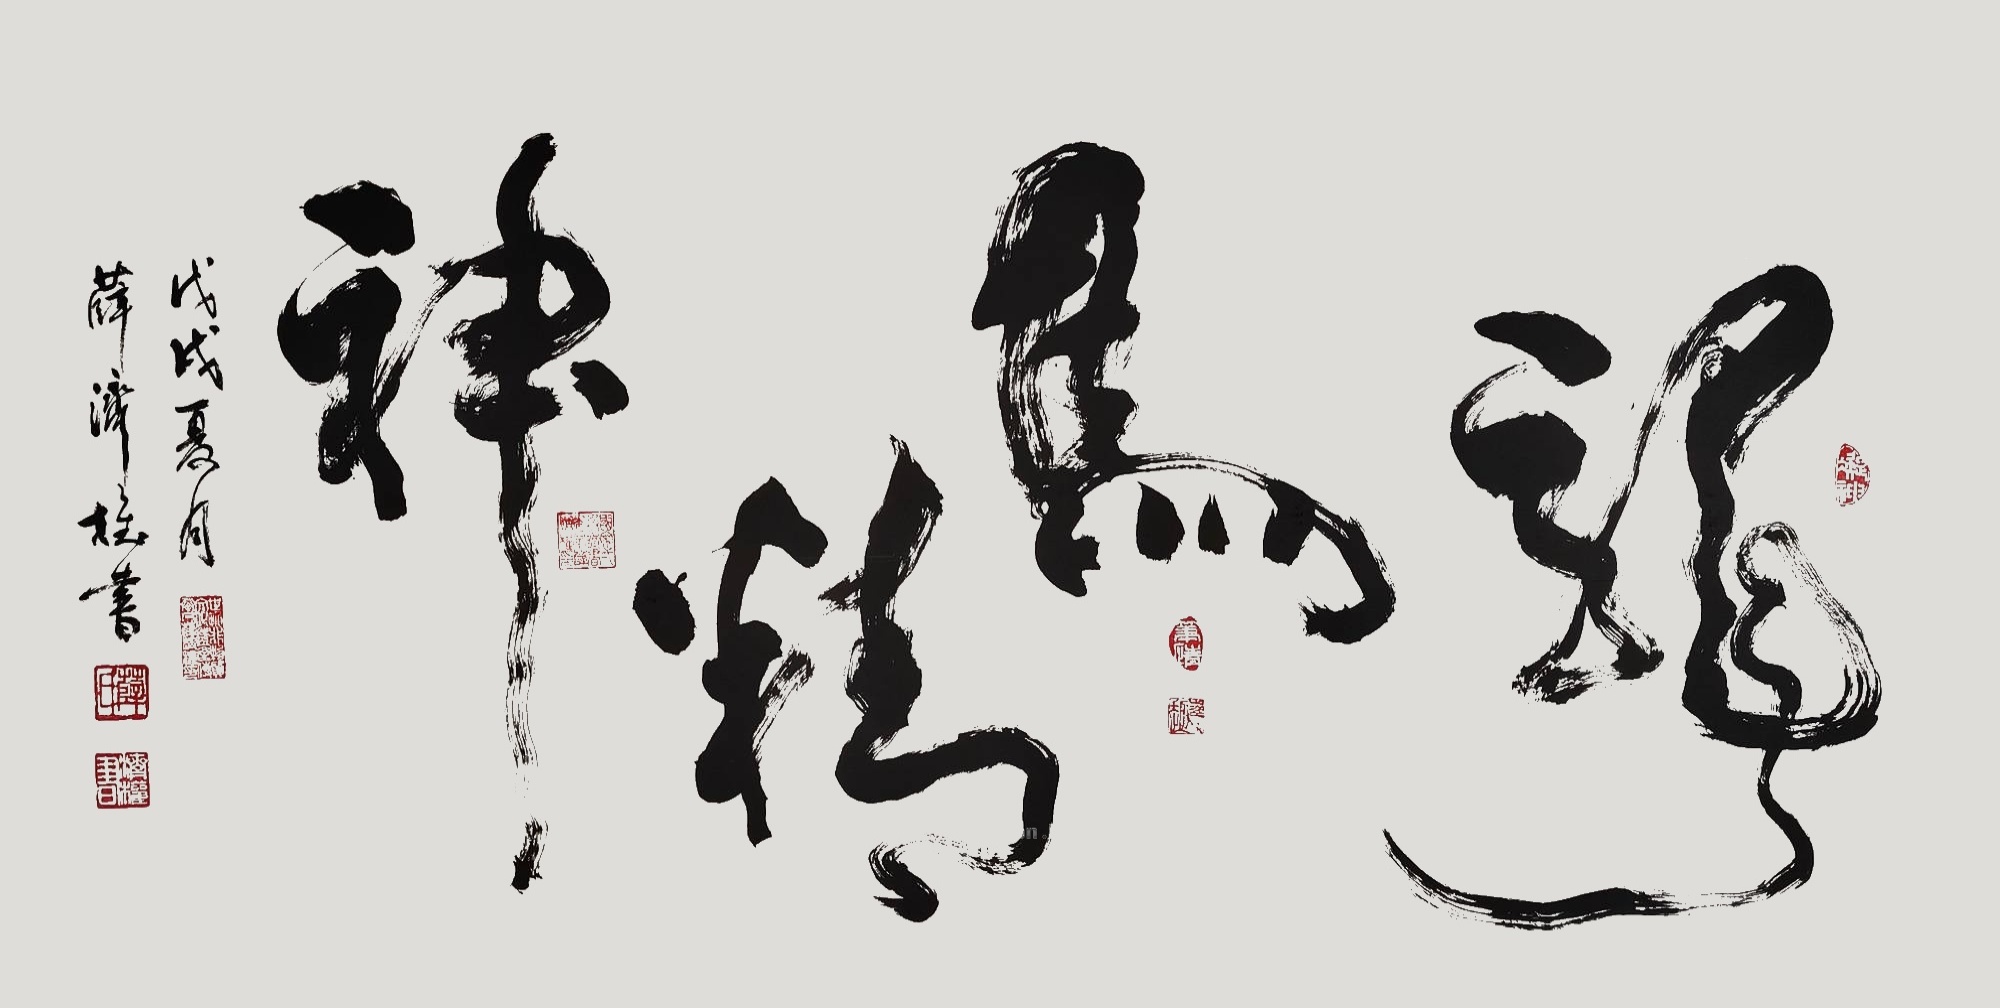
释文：龙马精神戊戌夏月薛济权书